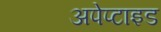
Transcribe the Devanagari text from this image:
अपेप्टाइड